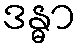
ဒန္ဓာ